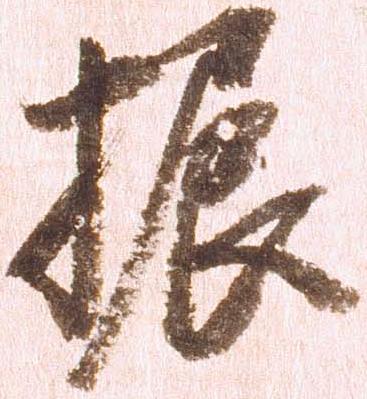
振